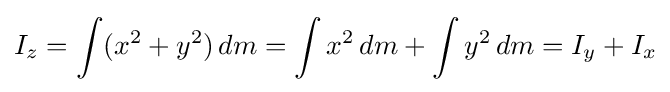
I_{z}=\int (x^{2}+y^{2})\,dm=\int x^{2}\,dm+\int y^{2}\,dm=I_{y}+I_{x}